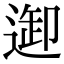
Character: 𨓴